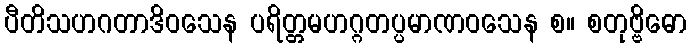
ပီတိသဟဂတာဒိဝသေန ပရိတ္တမဟဂ္ဂတပ္ပမာဏဝသေန စ။ စတုဗ္ဗိဓော